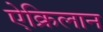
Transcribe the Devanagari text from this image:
ऐक्रिलान